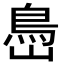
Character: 㠀